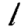
Digit: 1